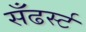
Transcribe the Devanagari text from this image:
सँढर्स्ट